Civil Veterinary Dept. Bombay admin report 1932-41 - 1932-1941
Year: 1932
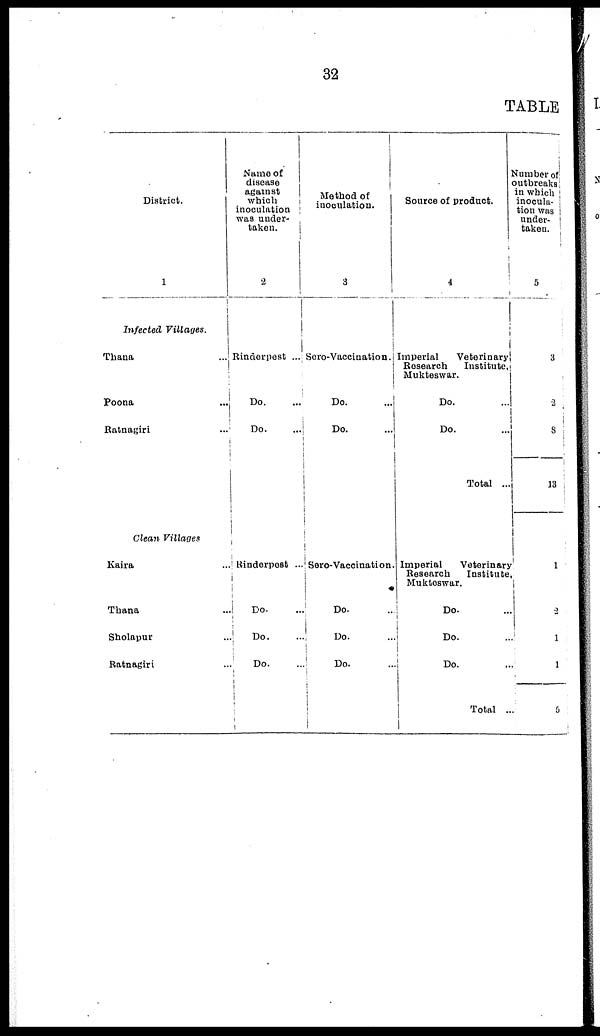
32
TABLE
District.
1
Infected Villages.
Thana ...
Poona ...
Ratnagiri ...
Clean Villages
Kaira ...
Thana ...
Sholapur ...
Ratnagiri ...
Name of
disease
against
which
inoculation
was under-
taken.
2
Rinderpest ...
Do. ...
Do. ...
Rinderpest ...
Do. ...
Do. ...
Do. ...
Method of
inoculation.
3
Sero-Vaccination.
Do. ...
Do. ...
Sero-Vaccination
Do. ...
Do. ...
Do. ...
Source of product.
4
Imperial
Veterinary
Research
Institute,
Mukteswar.
Do. ...
Do. ...
Total ...
Imperial
Veterinary
Research
Institute
Mukteswar.
Do. ...
Do. ...
Do. ...
Total
...
Number of
outbreaks
in which
inocula-
tion was
under-
taken.
5
3
2
8
13
1
2
1
1
5